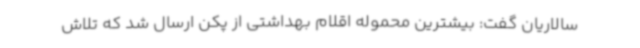
سالاریان گفت: بیشترین محموله اقلام بهداشتی از پکن ارسال شد که تلاش